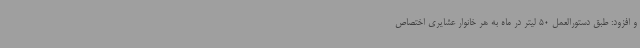
و افزود: طبق دستورالعمل 50 لیتر در ماه به هر خانوار عشایری اختصاص